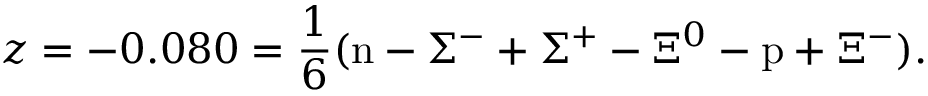
z = - 0 . 0 8 0 = \frac 1 6 ( \mathrm { n } - \Sigma ^ { - } + \Sigma ^ { + } - \Xi ^ { 0 } - \mathrm { p } + \Xi ^ { - } ) .